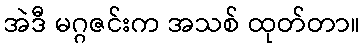
အဲဒီ မဂ္ဂဇင်းက အသစ် ထုတ်တာ။